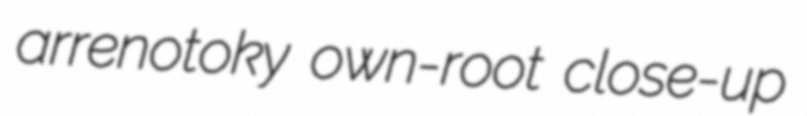
arrenotoky own-root close-up